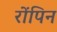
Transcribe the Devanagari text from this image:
रोंपिन